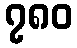
၇၈၀